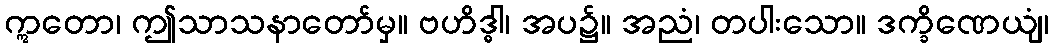
ဣတော၊ ဤသာသနာတော်မှ။ ဗဟိဒ္ဓါ၊ အပ၌။ အညံ၊ တပါးသော။ ဒက္ခိဏေယျံ၊